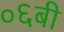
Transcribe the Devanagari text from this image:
०६बी